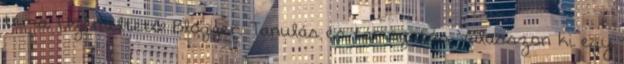
téma. Üzemeltető: Blogger. Tanulás és támogatás Válasszon ki egy